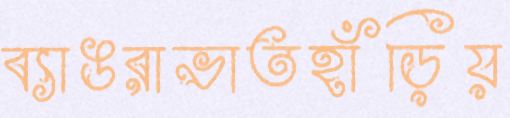
ব্যাঙরাভাতহাঁড়িয়